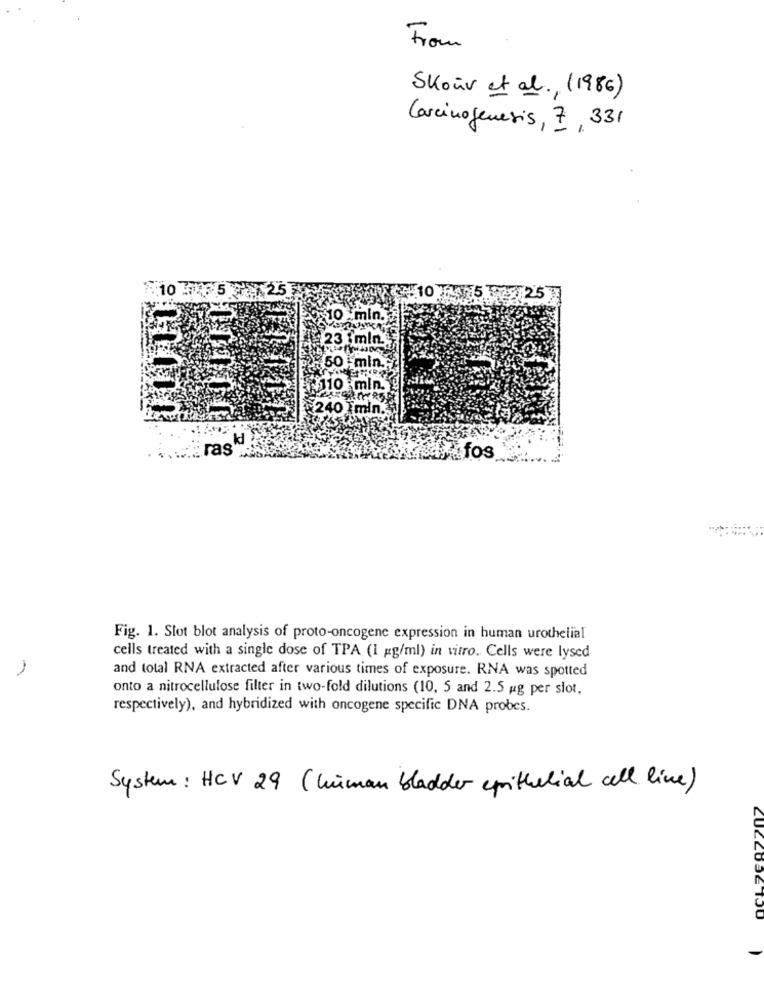
From
Skouv et al. ( 1986)
Carcinogenesis, 7, 331
7.10 )
25
10
min.
23 imin ..
50 min.
+110 mln.
240 min.
už fos
Fig. 1. Slot blot analysis of proto-oncogene expression in human urothelial
cells treated with a single dose of TPA (1 pg/ml) in vitro. Cells were lysed
1
and total RNA extracted after various times of exposure. RNA was spotted
onto a nitrocellulose filter in two-fold dilutions (10, 5 and 2.5 ug per slot.
respectively), and hybridized with oncogene specific DNA probes.
System : HCV 29 (human bladder epithelial cell line)